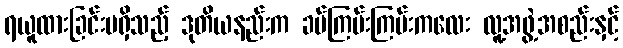
ရယူထားခြင်းမရှိသည့် ဒုတိယနည်းက ခပ်ကြမ်းကြမ်းကလေး လူ့အဖွဲ့အစည်းနှင့်